Lunatic asylums United Provinces 1909-1921 - 1909-1921
Year: 1909
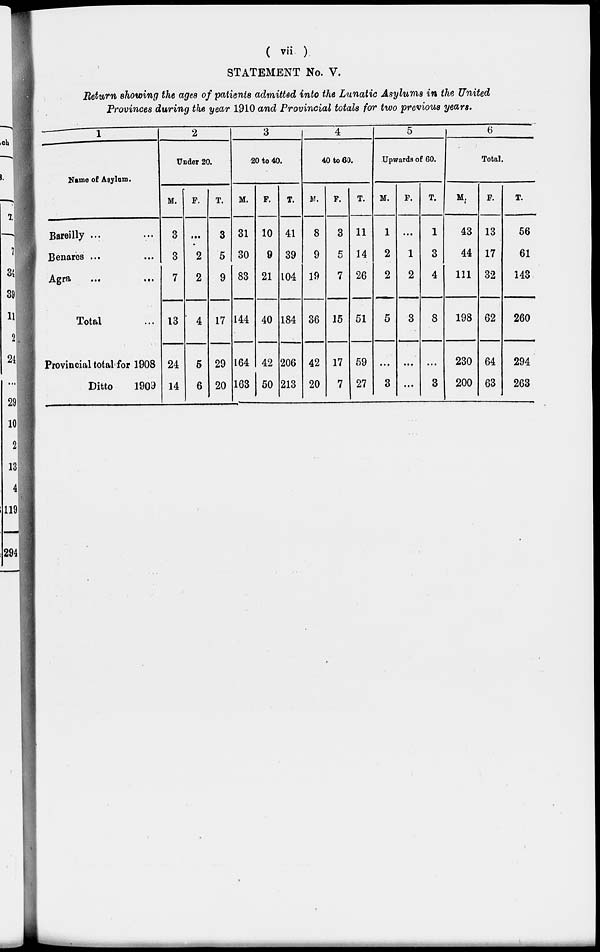
( vii )
STATEMENT No. V.
Return showing the ages of patients admitted into the Lunatic Asylums in the United
Provinces during the year 1910 and Provincial totals for two previous years.
1
Name of Asylum.
Bareilly ... ...
Benares ... ...
Agra
...
...
Total ...
Provincial total for 1908
Ditto
1909
2
Under 20.
M.
3
3
7
13
24
14
F.
...
2
2
4
5
6
T.
3
5
9
17
29
20
3
20 to 40.
M.
31
30
83
144
164
163
F.
10
9
21
40
42
50
T.
41
39
104
184
206
213
4
40 to 60.
M.
8
9
19
36
42
20
F.
3
5
7
15
17
7
T.
11
14
26
51
59
27
5
Upwards of 60.
M.
1
2
2
5
...
3
F.
...
1
2
3
...
...
T.
1
3
4
8
...
3
Total.
M.
43
44
111
198
230
200
F.
13
17
32
62
64
63
T.
56
61
143
260
294
263